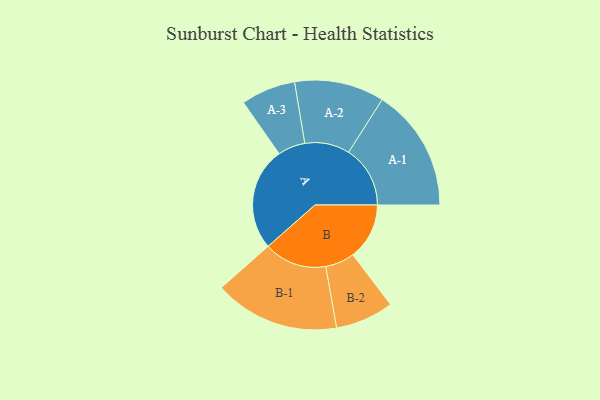
{"axis": {"x": "Segment", "y": "Value"}, "legend": ["", "A", "B"], "data": [{"x": "A", "y": 446, "type": ""}, {"x": "B", "y": 244, "type": ""}, {"x": "A-1", "y": 266, "type": "A"}, {"x": "A-2", "y": 194, "type": "A"}, {"x": "A-3", "y": 118, "type": "A"}, {"x": "B-1", "y": 271, "type": "B"}, {"x": "B-2", "y": 126, "type": "B"}]}